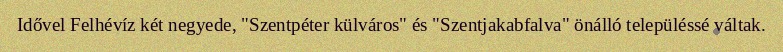
Idővel Felhévíz két negyede, "Szentpéter külváros" és "Szentjakabfalva" önálló településsé váltak.